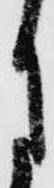
月